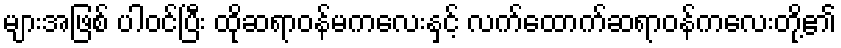
များအဖြစ် ပါဝင်ပြီး ထိုဆရာဝန်မကလေးနှင့် လက်ထောက်ဆရာဝန်ကလေးတို့၏